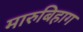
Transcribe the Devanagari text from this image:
मारुबिहाग